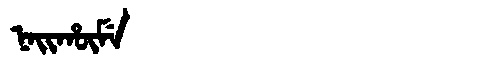
Manchu: ᠨᠠᡳᡥᡡᠮᡝ
Romanization: NAIHŪME